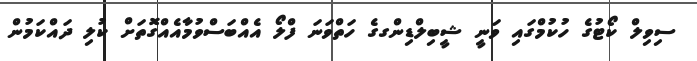
ސިވިލް ކޯޓުގެ ހުކުމްގައި ވަނީ ޝީބިލްޑިންގގެ ހަތްވަނަ ފްލޯ އެއްބަސްވުމާއެއްގޮތަށް ކުލި ދައްކަމުން